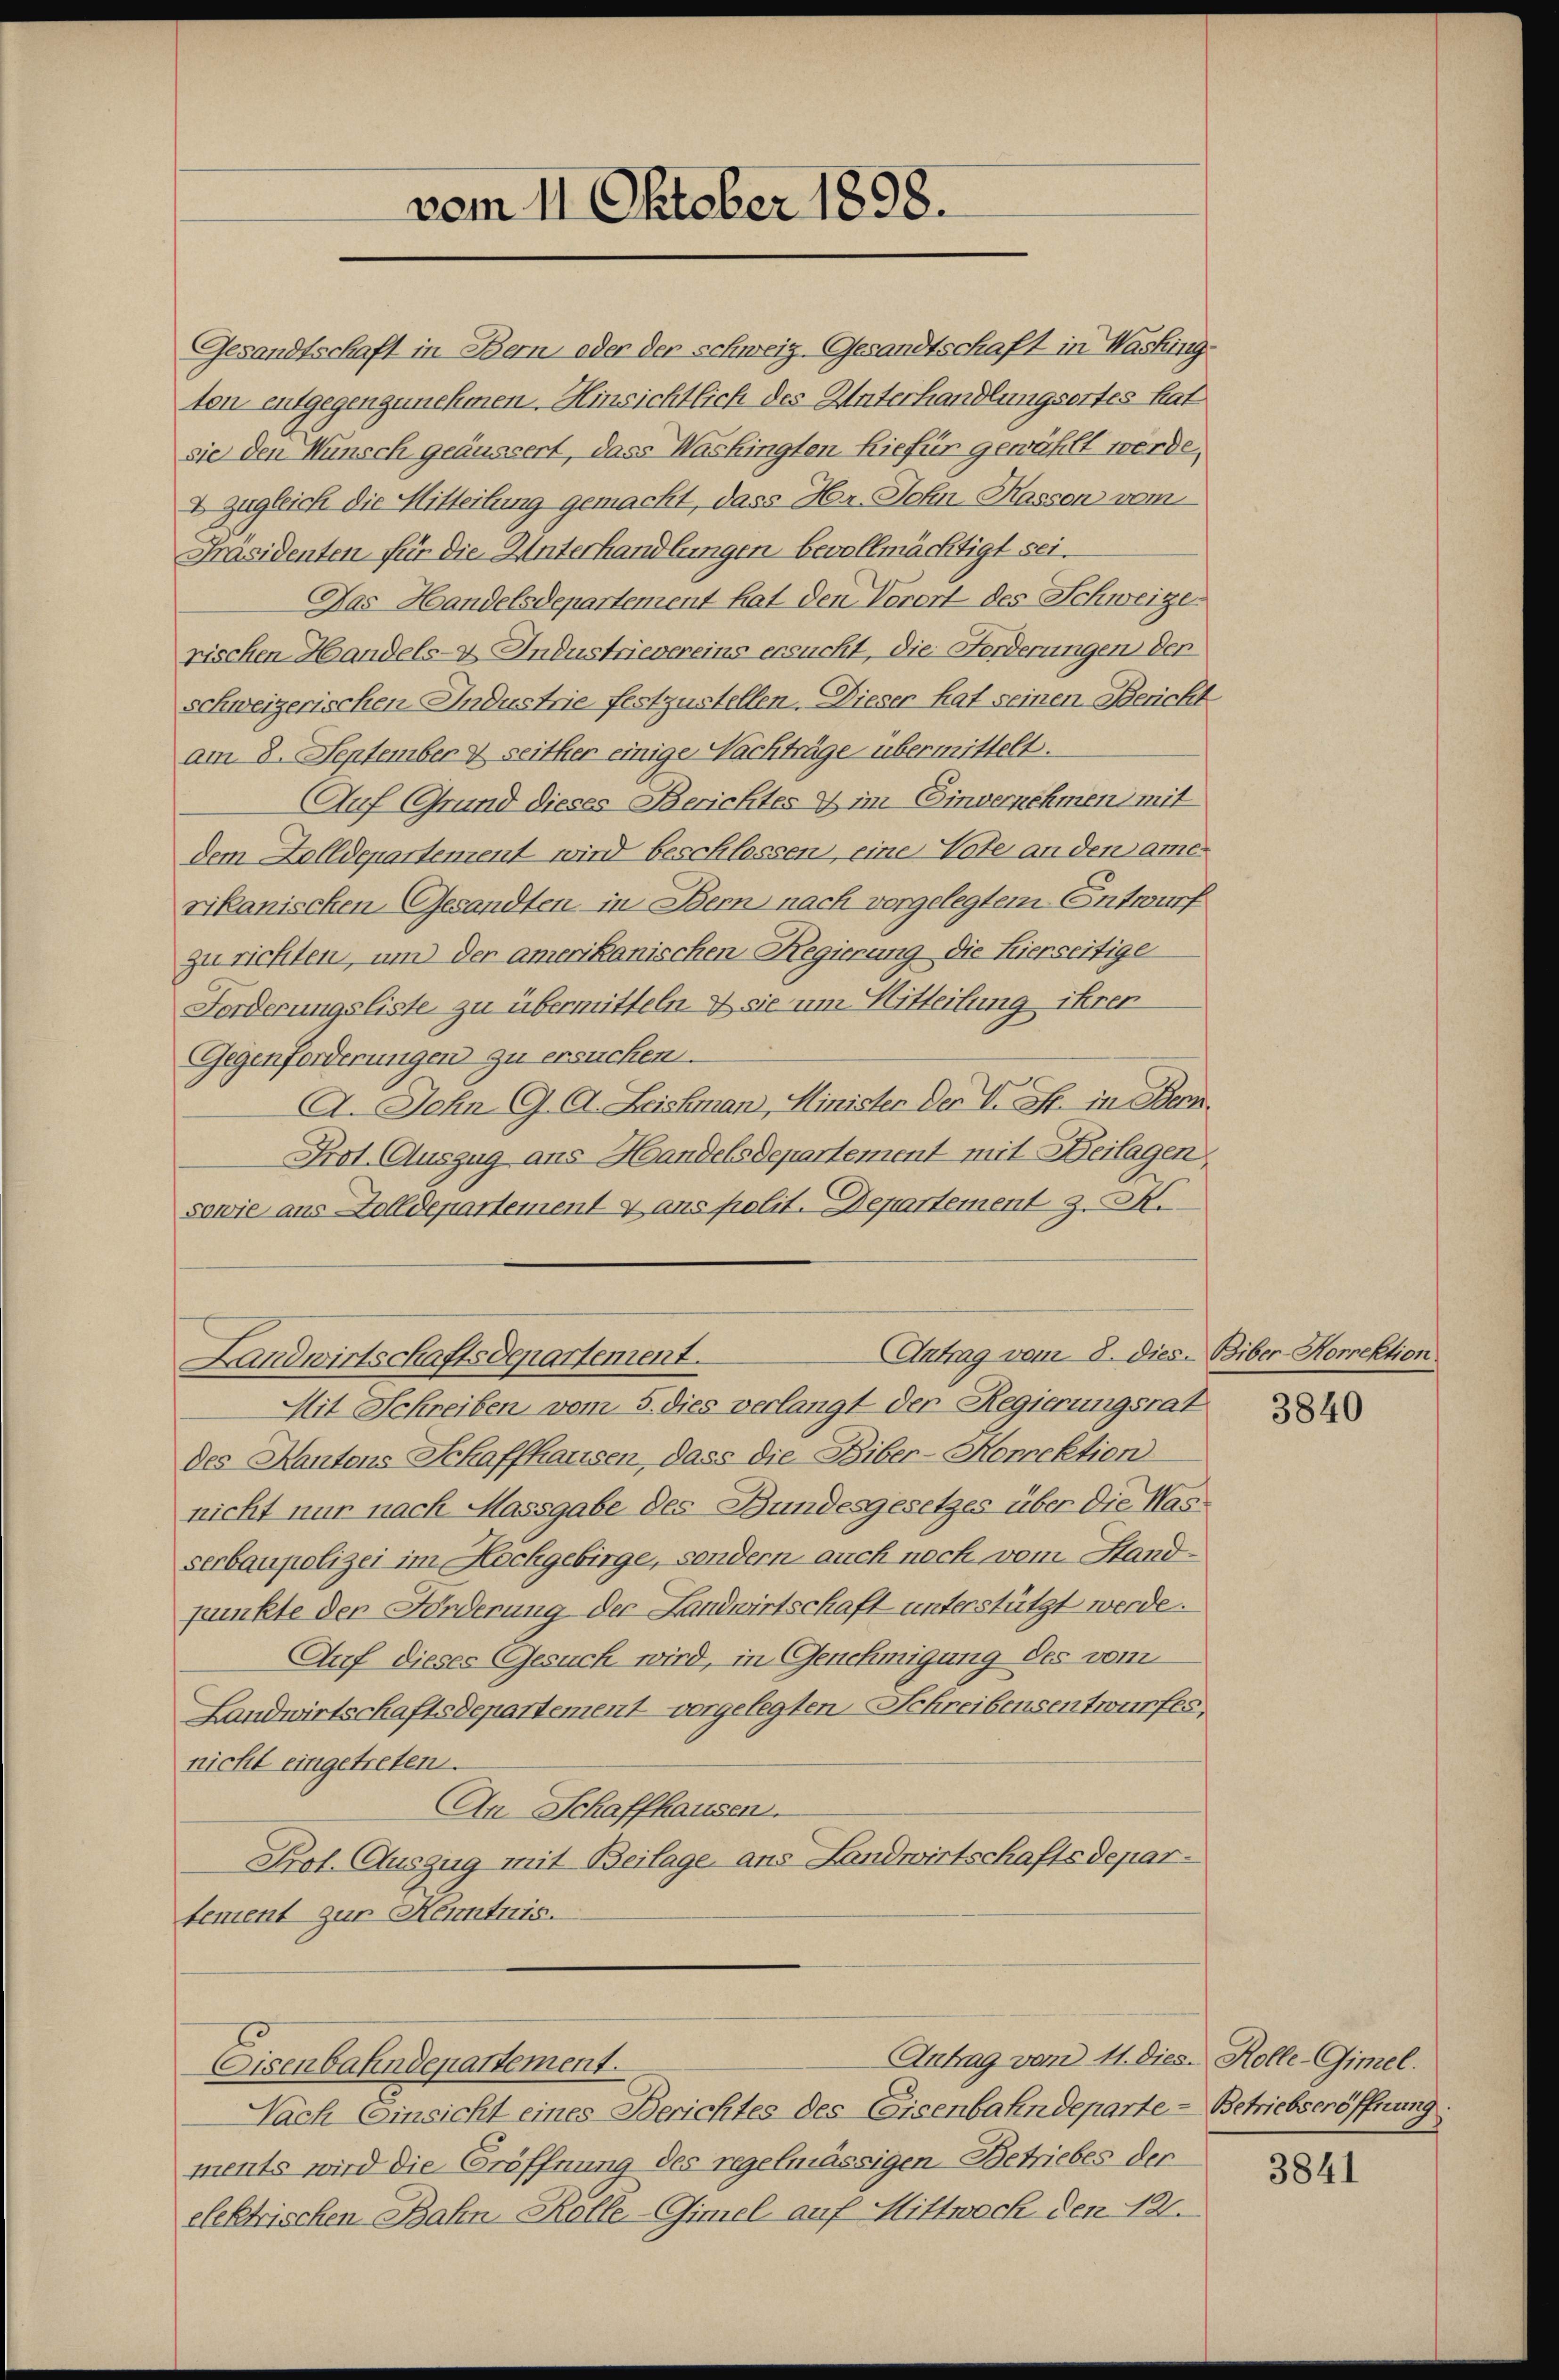
Gesandtschaft in Bern oder der schweiz. Gesandtschaft in Washingten entgegenzunehmen. Hinsichtlich des Unterhandlungsortes hat
sie den Wünsch geäussert, dass Washingten hiefür gewählt werde,
E zugleich die Mitteilung gemacht, dass Hr. John Kassen vom
Präsidenten für die Unterhandlungen bevollmächtigt sei.
Das Handelsdepartement hat den Vorort des Schweizerischen Handels-X Industrievereins ersucht, die Forderungen der
schweizerischen Industrie festzustellen. Dieser hat seinen Bericht
am 8. September & seither einige Nachträge übermittelt.
Auf Grund dieses Berichtes & im Einvernehmen mit
dem Zolldepartement wird beschlossen, eine Vote an den amerikanischen Gesandten in Bern nach vorgelegtem Entwurf
zu richten, und der amerikanischen Regierung die Hierseitige
Forderungsliste zu übermitteln. & sie um Mitteilung ihren
Gegenforderungen zu ersuchen.
A. John G. A. Leiskman, Minister Der V. B. in Bern.
Prot. Auszug aus Handelsdepartement mit Beilagen.
sowie aus Zolldepartement & ans polit. Departement z. M.
Antrag vom 8. dies. Biber-Korrektion
Landwirtschaftsdepartement.
Mit Schreiben vom 5. dies verlangt der Regierungsrat
des Kantons Schaffhausen, dass die Biber-Horrektion
nicht nur nach Massgabe des Bundesgesetzes über die Masserbaupolizei im Hochgebirge, sondern auch noch vom Standpunkte der Forderung der Landwirtschaft unterstützt werde.
Auf dieses Gesuch wird, in Genehmigung des vom
Landwirtschaftsdepartement vorgelegten Schreibensentwurfes,
nicht eingetreten.
An Schaffhausen.
Prot. Auszug mit Beilage ans Landwirtschaftsdepartement zur Kenntnis.
Antrag vom 11. dies. Kolle-Gimel.
Eisenbahndepartement.
Nach Einsicht eines Berichtes des Eisenbahndeparte - Betriebseröffnung
ments wird die Eröffnung des regelmässigen Betriebes der
elektrischen Bahn Kolle.-Gimel auf Mittwoch den 121.

vom 11. Oktober 1898.

3840

3841